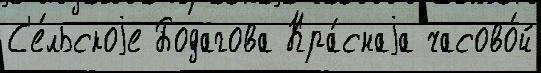
С'е́льскоjе Бодагова Кра́снаjа часово́й